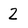
Character: 2